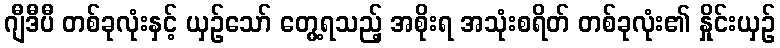
ဂျီဒီပီ တစ်ခုလုံးနှင့် ယှဉ်သော် တွေ့ရသည့် အစိုးရ အသုံးစရိတ် တစ်ခုလုံး၏ နှိုင်းယှဉ်